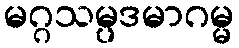
မဂ္ဂသမ္ပဒမာဂမ္မ